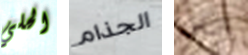
الحلي الجذام الناس